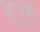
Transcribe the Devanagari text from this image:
शुप्क